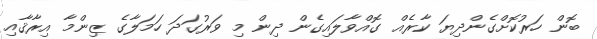
ބޮން ހަރުކޮށްގެންދިޔަ ކާރެއް ގޮއްވާލައިގެން ދިން މި ވަރުގަދަ ހަމަލާގެ ޒިންމާ އިރާޤާއި